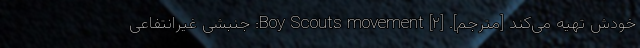
خودش تهیه می‌کند [مترجم]. [۲] Boy Scouts movement: جنبشی غیرانتفاعی